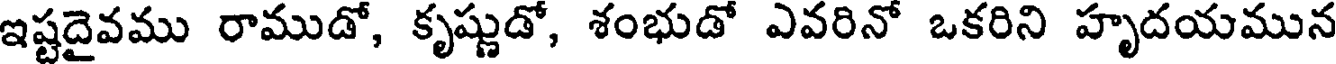
ఇష్టదైవము రాముడో, కృష్ణుడో, శంభుడో ఎవరినో ఒకరిని హృదయమున